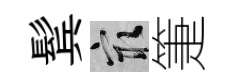
鬂冣箑